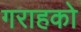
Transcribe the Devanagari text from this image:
गराहको